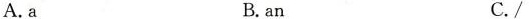
A.a B.an C./